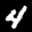
Label: 4